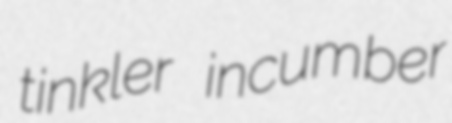
tinkler incumber